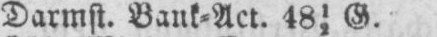
Darmst. Bank⸗Act. 4812 G.